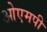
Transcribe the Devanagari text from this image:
ओएमपी